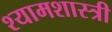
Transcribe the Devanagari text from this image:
श्यामशास्त्री